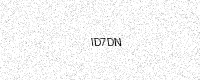
Text: ID7DN